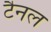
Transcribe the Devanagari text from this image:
टैनल